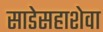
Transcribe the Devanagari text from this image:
साडेसहाशेवा